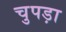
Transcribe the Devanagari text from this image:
चुपड़ा